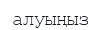
алуыңыз